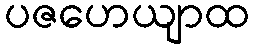
ပဇဟေယျာထ